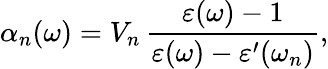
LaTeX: \alpha_{n}(\omega)=V_{n}\, \frac{\varepsilon(\omega)-1}{\varepsilon(\omega)-\varepsilon^{\prime}(\omega_{n})},